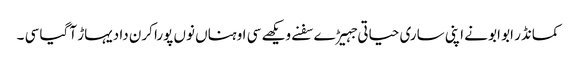
کمانڈر ابو ابو نے اپنی ساری حیاتی جہیڑے سفنے ویکھے سی اوہناں نوں پورا کرن دا دیہاڑ آ گیا سی ۔